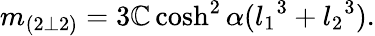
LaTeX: m_{(2\bot2)}=3\mathbb{C}\cosh^{2}\alpha({l_{1}}^{3}+{l_{2}}^{3}).